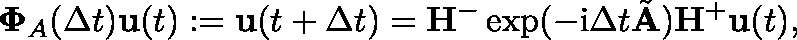
\mathbf { \Phi } _ { A } ( \Delta t ) \mathbf { u } ( t ) : = \mathbf { u } ( t + \Delta t ) = \mathbf { H } ^ { - } \exp ( - \mathrm { i } \Delta t \tilde { \mathbf { A } } ) \mathbf { H } ^ { + } \mathbf { u } ( t ) ,